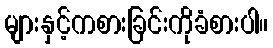
များနှင့်ကစားခြင်းကိုခံစားပါ။